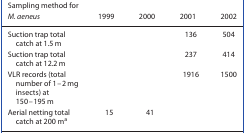
| Sampling method for M. aeneus | 1999 | 2000 | 2001 | 2002 |
 | --- | --- | --- | --- | --- |
 | Suction trap total catch at 1.5 m |  |  | 136 | 504 |
 | Suction trap total catch at 12.2 m |  |  | 237 | 414 |
 | VLR records (total number of 1–2 mg insects) at 150–195 m |  |  | 1916 | 1500 |
 | Aerial netting total catch at 200 ma | 15 | 41 |  |  |